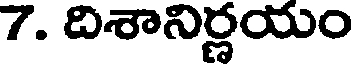
7. దిశానిర్లయం